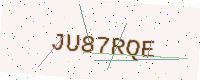
Text: JU87RQE